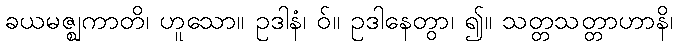
ခယမဇ္ဈကာတိ၊ ဟူသော။ ဥဒါနံ၊ ဝ်။ ဥဒါနေတွာ၊ ၍။ သတ္တသတ္တာဟာနိ၊